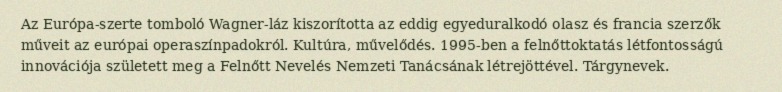
Az Európa-szerte tomboló Wagner-láz kiszorította az eddig egyeduralkodó olasz és francia szerzők műveit az európai operaszínpadokról. Kultúra, művelődés. 1995-ben a felnőttoktatás létfontosságú innovációja született meg a Felnőtt Nevelés Nemzeti Tanácsának létrejöttével. Tárgynevek.